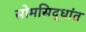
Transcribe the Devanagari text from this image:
सोमसिद्धांत